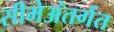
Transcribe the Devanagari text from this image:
सीमेअंतर्गत